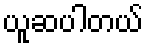
ယူဆပါတယ်